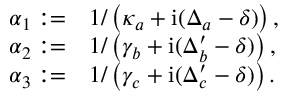
\begin{array} { r l } { \alpha _ { 1 } : = } & { 1 / \left( \kappa _ { a } + \mathrm { i } ( \Delta _ { a } - \delta ) \right) , } \\ { \alpha _ { 2 } : = } & { 1 / \left( \gamma _ { b } + \mathrm { i } ( \Delta _ { b } ^ { \prime } - \delta ) \right) , } \\ { \alpha _ { 3 } : = } & { 1 / \left( \gamma _ { c } + \mathrm { i } ( \Delta _ { c } ^ { \prime } - \delta ) \right) . } \end{array}